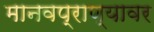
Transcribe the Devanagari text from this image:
मानवप्राण्यावर